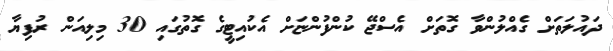
ދައުލަތަށް ގެއްލުންވާ ގޮތަށް އެސްޖޭ ކުންފުންޏަށް އެކުއިޓީގެ ގޮތުގައި 30 މިލިއަން ރުފިޔާ